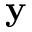
\textbf { y }